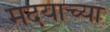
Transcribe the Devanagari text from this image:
मदयाच्या